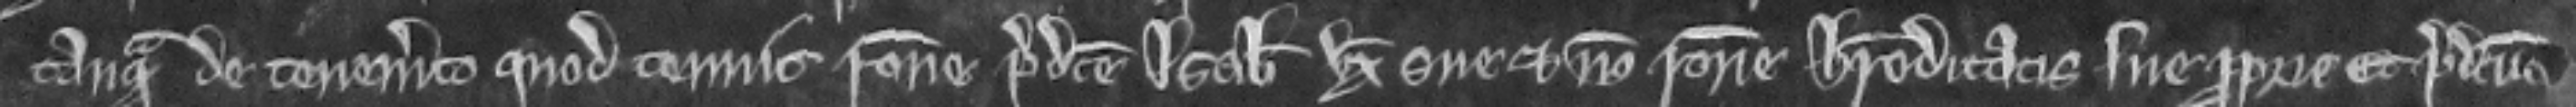
tanquam de tenemento quod tenuit racione predicte Isabelle uxoris sue et non racione hereditatis sue proprie Et predictus